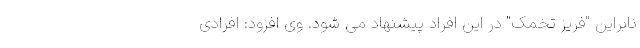
نابراین "فریز تخمک" در این افراد پیشنهاد می شود. وی افزود: افرادی